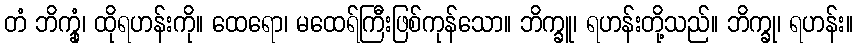
တံ ဘိက္ခုံ၊ ထိုရဟန်းကို။ ထေရော၊ မထေရ်ကြီးဖြစ်ကုန်သော။ ဘိက္ခူ၊ ရဟန်းတို့သည်။ ဘိက္ခု၊ ရဟန်း။